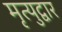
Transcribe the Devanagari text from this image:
मृत्युद्वार